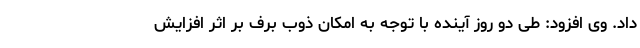
داد. وی افزود: طی دو روز آینده با توجه به امکان ذوب برف بر اثر افزایش